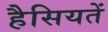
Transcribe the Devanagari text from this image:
हैसियतें